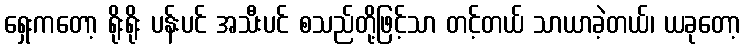
ရှေးကတော့ ရိုးရိုး ပန်းပင် အသီးပင် စသည်တို့ဖြင့်သာ တင့်တယ် သာယာခဲ့တယ်၊ ယခုတော့